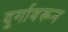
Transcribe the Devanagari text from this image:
दुर्गावरून